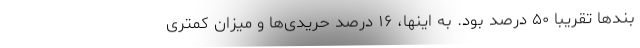
بندها تقریبا ۵۰ درصد بود. به اینها، ۱۶ درصد حریدی‌ها و میزان کمتری